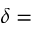
\delta =